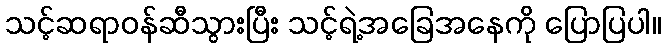
သင့်ဆရာဝန်ဆီသွားပြီး သင့်ရဲ့အခြေအနေကို ပြောပြပါ။